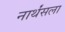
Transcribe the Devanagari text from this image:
नार्थंसला